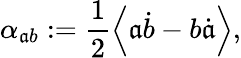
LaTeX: \alpha_{\mathfrak{a}b}:=\frac{1}{2}\left\langle\mathfrak{a}\dot{{b}}-b\dot{{\mathfrak{a}}}\right\rangle,